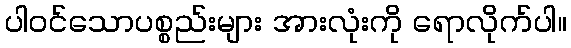
ပါဝင်သောပစ္စည်းများ အားလုံးကို ရောလိုက်ပါ။